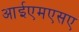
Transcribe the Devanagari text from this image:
आईएमएसए